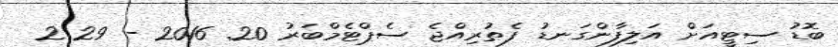
ބޮޑު ސިޓީއަށް އަލިފާންގަނޑު ފެތުރިއްޖެ ސެޕްޓެމްބަރު 20